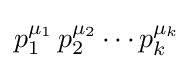
p_{1}^{\mu _{1}}\,p_{2}^{\mu _{2}}\cdots p_{k}^{\mu _{k}}